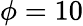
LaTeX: \phi=10